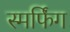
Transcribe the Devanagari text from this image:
स्मर्फिंग